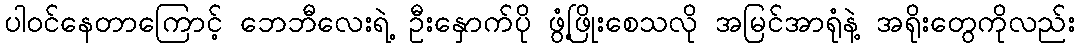
ပါဝင်နေတာကြောင့် ဘေဘီလေးရဲ့ ဦးနှောက်ပို ဖွံ့ဖြိုးစေသလို အမြင်အာရုံနဲ့ အရိုးတွေကိုလည်း